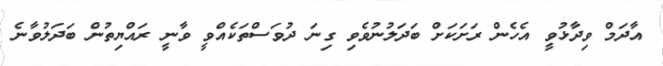
އާދަމް ވިދާޅުވީ އެހެން ރަށަކަށް ބަދަލުނުވެވި ގިނަ ދުވަސްތަކެއްވީ ވާނީ ރައްޔިތުން ބަދަލުވާނެ